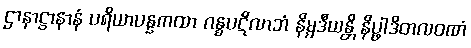
ဌာနာဋ္ဌာနာနံ ပရိယာပန္နကထာ ဂန္ဓပဋိလာဘံ နိမ္မဒီယန္တိ နိပ္ဖာဒိတလဝဏံ